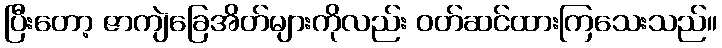
ပြီးတော့ ဇာကျဲခြေအိတ်များကိုလည်း ဝတ်ဆင်ထားကြသေးသည်။